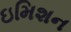
ઇમિશન